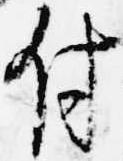
付